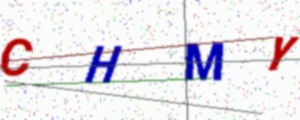
Text: CHMY